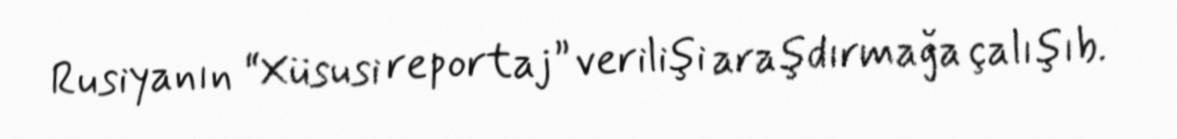
Rusiyanın “Xüsusi reportaj” verilişi araşdırmağa çalışıb.